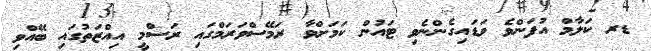
ޑރ ކަލާމް އުފަންވެ ވަޑައިގެންނެވި ޓައުން ކަމަށްވާ ރަމޭސްވަރަމްގައި ރަސްމީ އިއްޒަތުގައި ބޭއްވި